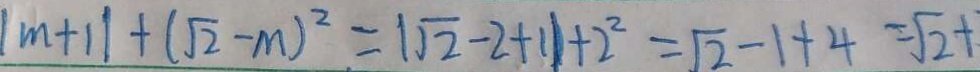
\vert m + 1 \vert + ( \sqrt { 2 } - m ) ^ { 2 } = \vert \sqrt { 2 } - 2 + 1 ) + 2 ^ { 2 } = \sqrt { 2 } - 1 + 4 = \sqrt { 2 } +